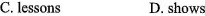
C. lessons D. shows